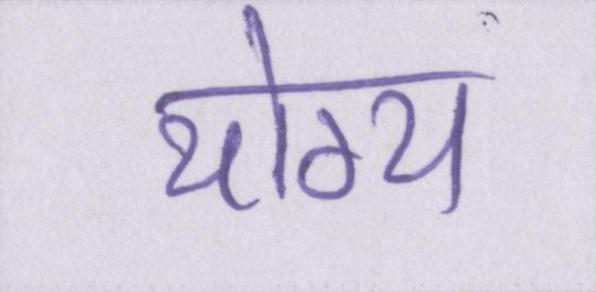
योग्य